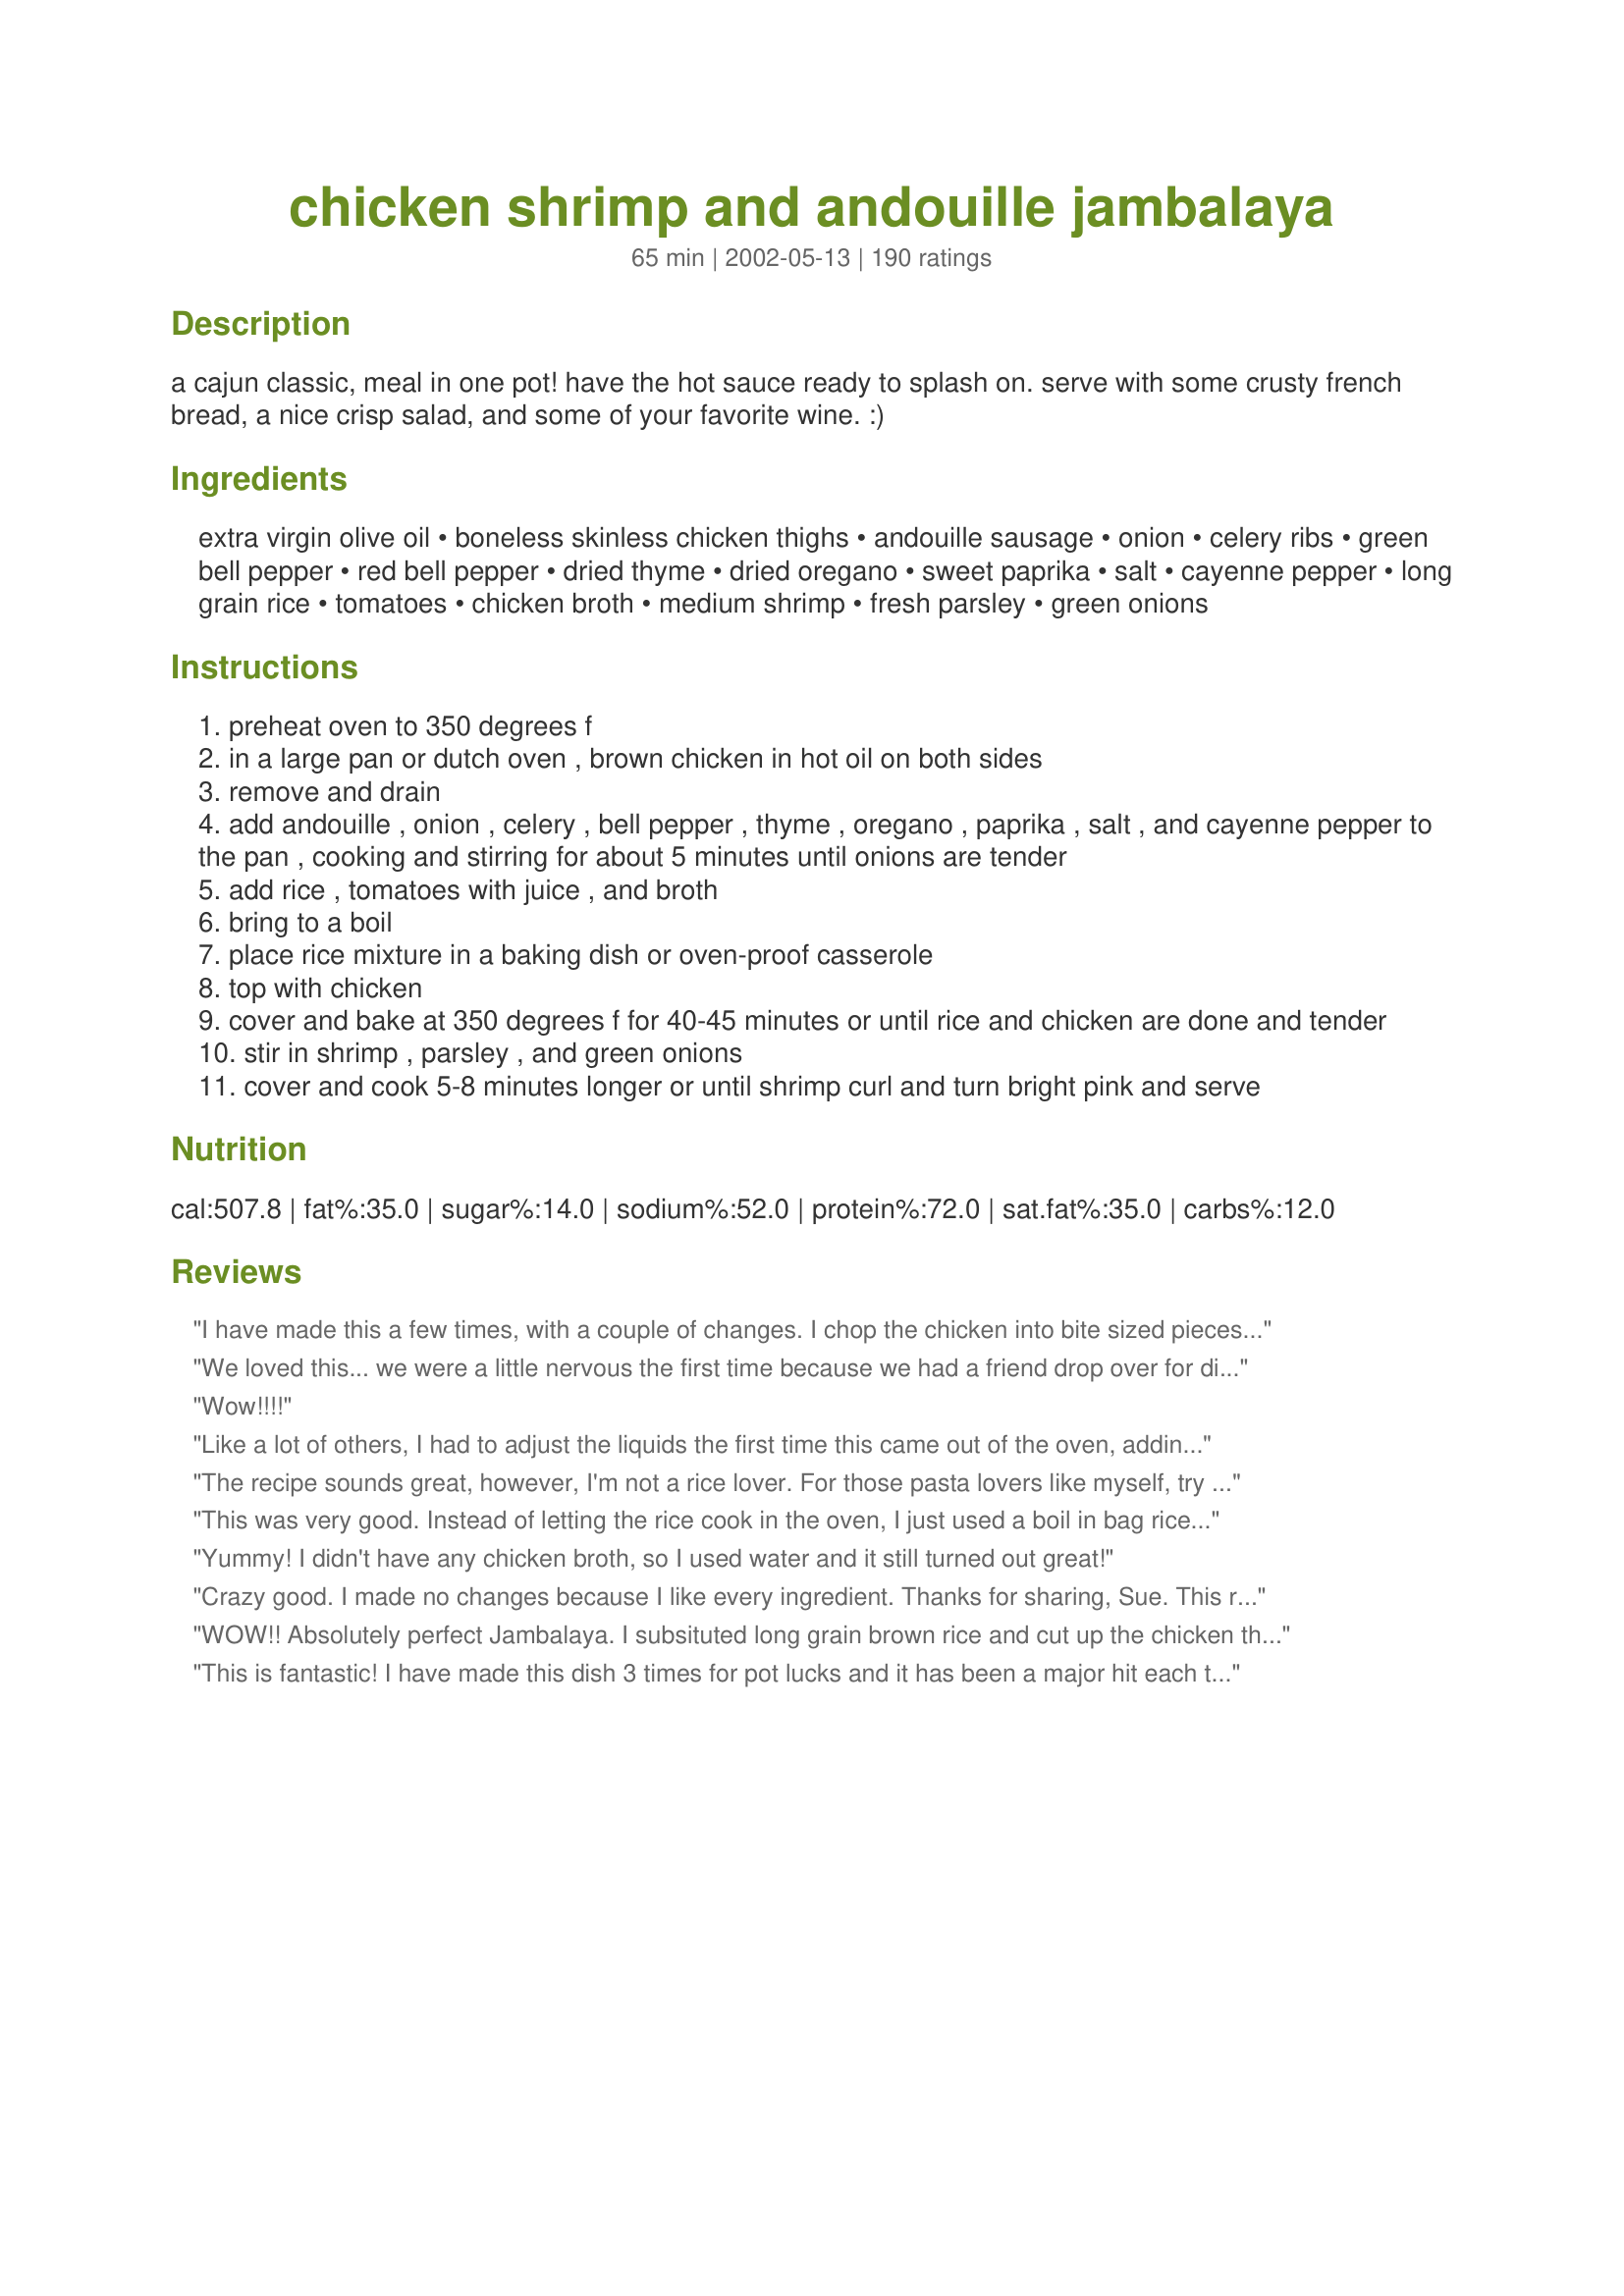
chicken shrimp and andouille jambalaya
Preparation time: 65 minutes

a cajun classic, meal in one pot! have the hot sauce ready to splash on. serve with some crusty french bread, a nice crisp salad, and some of your favorite wine. :)

Ingredients:
extra virgin olive oil, boneless skinless chicken thighs, andouille sausage, onion, celery ribs, green bell pepper, red bell pepper, dried thyme, dried oregano, sweet paprika, salt, cayenne pepper, long grain rice, tomatoes, chicken broth, medium shrimp, fresh parsley, green onions

Steps:
preheat oven to 350 degrees f
in a large pan or dutch oven , brown chicken in hot oil on both sides
remove and drain
add andouille , onion , celery , bell pepper , thyme , oregano , paprika , salt , and cayenne pepper to the pan , cooking and stirring for about 5 minutes until onions are tender
add rice , tomatoes with juice , and broth
bring to a boil
place rice mixture in a baking dish or oven-proof casserole
top with chicken
cover and bake at 350 degrees f for 40-45 minutes or until rice and chicken are done and tender
stir in shrimp , parsley , and green onions
cover and cook 5-8 minutes longer or until shrimp curl and turn bright pink and serve

Reviews:
I have made this a few times, with a couple of changes. I chop the chicken into bite sized pieces, as it's easier to eat, and I swap out the Andouille for Chorizo, as it's much easier to get. I also sometimes add some hot sauce to it when serving if I think it needs it. But I love this recipe!
We loved this... we were a little nervous the first time because we had a friend drop over for dinner unannounced but it was delicious.
Wow!!!!
Like a lot of others, I had to adjust the liquids the first time this came out of the oven, adding 2 more cans of tomatoes with juice and about a cup and a half of broth. But the basic recipe is just exceptional! Thanks so much for posting, Sue.
The recipe sounds great, however, I'm not a rice lover. For those pasta lovers like myself, try using spaghetti instead of rice. Jambalaya w/spagheti is great. The meal is prepared the same, however you use spaghetti. This dish (spaghetti jambalaya) is great and I would rate this particular dish 5 stars. Try it, I'm sure you'll like it, those in New Orleans do.
This was very good. Instead of letting the rice cook in the oven, I just used a boil in bag rice and added it as desired at the end. I added some hot sauce for a good kick. Great recipe!
Yummy! I didn't have any chicken broth, so I used water and it still turned out great!
Crazy good. I made no changes because I like every ingredient. Thanks for sharing, Sue. This recipe is definitely a keeper!
WOW!! Absolutely perfect Jambalaya. I subsituted long grain
brown rice and cut up the chicken thighs into 1 inch pieces.
This was my first attempt at one of my husband's favorite dishes- he could not stop raving, and, it was even better the second
day. Definitely 5 stars from the both of us. Thanks Sue
This is fantastic! I have made this dish 3 times for pot lucks and it has been a major hit each time. I used the exact ingredients with the exception of the seasonings which I increased to about double of what the recipe calls for. Thank you for sharing this wonderful recipe. It will be one that gets used over and over!
Great recipe, easy to make. Even our children liked it Thanks for posting
This was delicious. I will definately make this many times in the future. I love the fact that you cook it in the oven and don't end up with rice burned to the bottom of the pan if you don't pay attention. I used chorizo sausage instead of andouille because that was all I could find and left out the shirmp. I also used 2 cups fresh tomatoes instead of canned.
Thanks for a great recipe! This was also my first time to try jambalaya, and it came out wonderful. When I get the seal of approval from the whole family, I know I've got a keeper!!

I used Louisiana hot links for the sausage - the spicy flavor from the sausage balances with the mild ingredients. Delicious and visually pleasing.
Well Sue, you've outdone yourself once again :o) I never made a Jambalaya before, but had a request from my DH this week. So, I searched and found your perfect recipe.Didn't change anything, but did add 4 chicken legs as I had them frozen with the thighs.DH was pleasantly surprised at the flavor the chicken had, he was a little unsure when looking at the recipe. Used a nice heaping 1/4 tsp of Cayenne which made the dish a nice medium hot in spicy measures. Didn't get a chance to take a pic as the family devoured it as soon as I took it out of the oven. Thanks again!
ORIGINAL REVIEW: I made this for my parents 30th wedding anniversary and my dad and I loved it! A bit too hot for mom though! Very easy to do!! I omitted the celery and red pepper. 11/2/06 I rated this 5 stars originally on 11/2/06 and am going to redo my review as I made it y'day for Fathers Day, omitting nothing! I doubled it and made two 9x13 pans and BOTH got eaten:) (Granted, we did have over 10 people there) Compliments across the board!!
I made this last night for a casual dinner party! Wow, it was fantastic. Everyone loved it.

I followed the recipe exactly with one exception. I used 3 boneless, skinless chicken breasts instead of the chicken thighs. I cut the chicken into bite size pieces and completely cooked them. I made the Jambalaya early in the day but did not add the rice, broth and can tomatoes until I was ready to bake it that evening. 

The Andouille sausage is really what makes this dish taste so special. I had to go to a specialty grocery store to find it but definitely worth the effort.

Thanks Sue for this great Cajun recipe!
Delicious! Made this for a Fat Tuesday celebration & everyone loved it. I used b/s chick. breasts & didnt brown them, couldn't find Andouille so used Hot Louisiana sausage instead, whole green & red pepper, 3 cans of diced tomatoes-threw it all in the crockpot on low for 8 hours. Got home & added the 1.5 lbs of shrimp about 30 minutes before serving. Served over rice instead of mixing it into the pot. WONDERFUL! Will definitely be a keeper recipe for me:)
No wonder this recipe has such a great rating. It's just plain delicious! The only change I made was I used chorizo sausage instead of the andouille, as I couldn't find it here. Thanks for posting this luscious recipe for us Sue.

Arlene
This was my first attempt at Jambalaya. My family loved it and we will definitely be making your recipe again. It was a lot easier to make than I thought it would be. Thank you!
Terrific recipe! I added 1/4 tsp cayenne, and my son said it was too spicy. He doesn't like spiciness (what's wrong with him?!?). Dh and I thought it was perfect. Lots left over to freeze. Thanks!
We all loved this dish. No one had heard of Andouille sausages around here so we used chorizo. It worked a treat. This will be a regular meal in winter for us.
Made this last night for a snall dinner party--the best jambalaya recipe I have found. The only change I made was to add 14 oz. chicken broth and about 4 oz. white wine. My guests loved it too and asked for the recipe to take home. It will definitely be made again in this household. Thanks Sue L.
Delicious!!! I doubled the recipe, sub'd beef kielbasa instead of andouille, added some carrots, and used 1 whole yellow pepper. Also added in some garlic and a little more salt (I think mine might have needed more salt because I used homemade broth?). My husband said it's a DEFINITE keeper! Thanks, Sue!
Great one pot meal. Cut the recipe down to serve two and cooked on top of the stove instead of the oven. Substitued chicken breast for the thigh. Also added some hot sauce. Thanks for sharing Sue. Made for ZWT 5.
I made this for a superbowl party and everyone thought it was great. My husband said I have to make it again!! Thanks
The family absolutely adores this recipe! I always omit the chicken and add about an extra 1/2 cup of broth because my rice tends to stick to the bottom of my baking dish. Other than this I follow your recipe completely! I always serve it with a slice of toasted Ciabatta bread YUMMY!
Mmmmm best I've made yet! As a former 'Nawlins gal, I can say this is good stuff. I did do one full green pepper though, as that would be truer to the trinity. The baking was so much better than crock-pot versions for the rice. Perfect for Mardi Gras this year, served with Bananas Foster for dessert. Thanks for the keeper!
Wow. Absolutely delicious. I left out the rice and served it on the side. Made this for my husband and teenagers in anticipation of a snow storm but it will be gone before the 1st flake falls! Thank you for an excellent recipe.
this was my first time making jambalaya and the 2nd time tasting it. very good. my 1 year old baby loved it. my 2 other children didn't like how much veggies were in it and my hubby didn't like how 'wet' the rice was. so next time for their taste preference i'll cut back a little on the veggies and broth. but i thought it was perfect. my family is just picky. thank you for sharing a great and best of all an EASY way to cook jambalaya!
Wonderful dish! Always a hit. The long ingredient list seems intimidating but the complete product is well worth it. I omited the baking part. After bringing to a boil, simmer for 25 minutes. Add shrimp, parsley and green onion, cover and cook for another 10 minutes.
This was the BEST Jambalaya we have ever had! I followed advice and kept it on the stovetop, my rice was a little mushy but that was my fault. Thanks!
Perfect!!!!
Wow! This is the best Jambalaya recipe I've made. Tons of flavor. I added cumin & dried basil, 2 tbs of worcestershire sauce & 1 cup of frozen peas tossed in with my shrimp at the end. Didn't have andouille so I used precooked hot links & precooked turkey breast cubed up instead of chicken. It was easy to put together. Everyone at the table gave it a raving 5 stars! Thanks Sue!
This was my first attempt at jambalaya. I compared recipes and finally settled on this one. It was WONDERFUL! The only change I made was to use chicken breasts instead of thighs. Loved the flavor, and it was very simple to make.
Made this yesterday for DH. He just loved it said he could eat this once a week. He ate it last night talked about eating it for breakfast and is going to eat it later . Thanks for a great recipe.
Super tasty !!! I saut&eacute;ed my veggies and added a lil butter + fresh parsley !! Yum
Very yummy. I doubled up the herbs and spices and added 2 Tablespoons of worcestershire sauce. Everything else is the same.
This is the best jambalaya recipe!! I have made it too many times to count. I double up on the spices (my family loves lots of seasoning) and I use skinless polish sausage. I use brown rice instead of white, it does have to be cooked longer however because of this. It is excellent served with crusty bread and additional hot sauce.
This was good! I added chopped garlic in with the sauteeing veggies and did not add the extra salt (didn't think it needed it!). I sprinkled the chicken thighs with Cajun seasoning but next time I wouldn't use them at all- why get a pan dirty- and would just saute chicken breasts in with the veggies. I served this with Louisiana hot sauce and it was great!
Words simply cannot describe how delicious this dish is. I had my friends and mother over for dinner and made this. They were in awe with this dish and wanted the recipe after the first bite!!!! This was a hit!!!
Add us to the list of families where DH raved over this dish! The only change I made was to cut the chicken into cubes before browning. Thanks for sharing your recipe Sue.
Good basic recipe. I have fresh herbs so I prefer to use that instead of the bottled ones. I add about 3-4 bay leaves as well. I wash the rice to remove the talc and stones and I prefer short grain rice. It does not separate and some people prefer it loose, but short grain rice absorbs the flavor of whatever it is cooked in. I use Portuguese or Andouille sausage but Polish sausage will work too. I like peppers but I only use one for this recipe. Shrimp needs to be added at the end or it gets tough.
Fabulous! I doubled the recipe for a party and received "oohs" and "ahhs".
I added 3 bay leaves to it, that's what we put in all our seafood dishes. I will add more tomatoes next time, less the juice for fear of rice being mush. Wow and thank you.
I trebled this for our New Orleans-themed Saints-Colts Super Bowl party. Made two minor modifications: used Chicken-Turkey Andouille Sausage (in deference to some guests' dietary restrictions), used chopped fresh tomatoes, and (owing to my kitchen capacity and equipment)) cut chicken thighs into one-inch pieces. I served (with hot sauce on the side, French bread and a salad, as you suggest) with Recipe #7722 (for a wonderful hot-cool thing) to two dozen guests very grateful guests. Thanks, Sue L.
Yummy! Wonderful recipe. Just what I was looking for.
Outstanding! This now one of our top three favorite recipes from this site. I made a few alterations, based upon excellent tips from other cooks here. For starters I used a one-pound bag of frozen shrimp and 4 chicken breasts. I also used a 12-oz package of Wellshire Farms Turkey Andouille Sausage from Whole Foods for its lower fat and sodium content. I used two sodium-free 14 oz. cans of diced tomatoes and a half a large can of crushed tomatoes. I used about 1-1/2 cups of low sodium chicken stock from Trader Joe's. And I tripled all the spices except for the salt, which I left out and replaced with Nu-Salt. My fiance said, "This is the best meal you've ever cooked." So yes, I'll be making this one again...Thanks a lot, Sue Lau!
Yummy! I'm a new shrimp eater and had never had jambalaya up until a couple of months ago at a restaurant. This recipe is EXCELLENT and I'm now a jambalaya addict. This is the only recipe I've used or ever plan on using, it's that good. The only changes I've made are using chicken breasts, adding the rice about 20 mins before serving and prepare the whole stew on the stovetop. I've also made this in the crock pot, adding the shrimp just before serving. Thanks for getting me started on the right path, Sue!
Great jambalaya. I made half a recipe but without the rice. I had leftover rice so just put some in the bottom of the bowl. I used Recipe #111709 for the Andouille. Just rolled small ball and cooked before doing the veggies. Great one pot meal.
Absolutely delicious! My entire family enjoyed it, and we have some picky eaters. I used chicken breasts instead of thighs, and the chicken turned out a bit dry - next time I will follow your recommendation of using the thighs! The whole dish has a wonderful flavor. This will definitely become a regular at our house!
My husband and I love this recipe. Since he doesn't eat shrimp, I leave that out. It is still a wonderful recipe.
I love this recipe!!

Minor changes because we don&#039;t like spicy (just the hubby and he added hot sauce) I used smoked beef sausage and smoked paprika (no cayenne)
Used 3 chicken breast (cut in half) because that&#039;s what I had on hand. Turned out great!!

This was super easy to make and love that you can cook it all in one pot!
I follow this recipe to a T with the exception of the Andouille. I use Evergood hot links and brown them off nicely before I add the onions.This for me deepens the flavor. I also add an aditional cup of stock to give it a moister outcome.Go with a 1/2 teaspoon of cayenne if you like spicy.Just excellent
Yum! Loved this dish, the hubby loved it as well. I'm embarrassed to admit, I didn't have shrimp. So I wasn't able to make it exactly, but I will add it next time, as if there wouldn't be a next time.. This was fantastic!
Fantastic! I made this for the Mardi Gras luncheon at work... everyone loved it. Followed the recipe exactly and wouldn't change a thing. Wonderful flavor. Thank you!
This is simply wonderful!!! Will definately be making this agin. Oh YUM!
Awesome. Made this for Mardi Gras. The whole family loved it! Thanks for the great recipe.
Great jambalaya! I halved the recipe and used smoked sausage (hillshire farms). Also left out the bell peppers since DH doesn't like them and the parsley and green onion b/c I didn't have them. I used some homemade turkey stock, but I used 1 1/2 cups for 1/2 recipe only b/c that's what I had thawed out. It came out well, though. I cooked it, but then it sat for about 20 minutes while my bread baked (poor planning!) and the rice was perfectly done. Delicious, easy to make recipe!! Unfortunately, had to skip the wine, but next time... :) Thanks for posting this great recipe!
Absolutely one of the best Jambalaya we have tasted. Reminded us of New Orleans. Easy to make but rice took longer than 30 minutes. Totally Awesome

DH raved about this recipe. So much so that it was requested for our New Years Get together this year. Thanks for a great recipe!
Great recipe, I put the full amount of cayenne in and it was slightly spicy but not overwhelming. Very easy to make, and my husband loved it! I used brown rice and had to cook it longer, so next time I&#039;ll use parboiled rice and it will probably be spot on for the time.
Great jambalaya recipe!!! I made a few subtle changes, but nothing drastic. I added a little bit of liquid smoke, upped the spices, and shreadded the cooked chicken. I also couldn't find andouille sausage at my local grocery store, so I substituted some garlic flavored polish sausage that's made locally. And, I substituted my Frank's hot sauce for the cayenne pepper. A definite keeper!
This dish is not only wonderful tasting but it is beautiful with the red pepper and the parsley and green onions. I was proud to serve it to my family. I have tried a lot of Jambalaya, but this is the only one I make now. My family of 5 all LOVE this dish! Thank you so much for sharing!!
This was good but I could taste the starch from the rice in the jambalaya. Next time I will cook the rice separate and rinse before adding it in. After adding the sausage, onions, etc. the next paragraph read to add the rice, chicken, broth etc. The directions should have read after combining the main ingredients to use a separate dish and add the rice, chicken, and broth. I also had to add more salt. Thank you for sharing.
this was the best I have tasted and it was very easy to make. If you are not a chef-you should be.
Excellent jumbalaya! I served this at a party and guests couldn't stop raving about it. I will use this recipe again. Thanks so much!
EXCELLENT!! I added butter to the olive oil for browning the chicken, I substituted half dry white wine half chicken stock, also used portuguese chourico in place of the recommended sausage, and reduced a can of Heinekin in the vegetable/ sausage mix, then stirred in 2 tbsp of &quot;pimentas&quot; ( ground red pepper paste used in a lot of Portuguese cooking) before adding rice and broth/wine mixture. Next time I will add some okra (soaked beforehand in milk) , to see how that changes things! loved this! I would recommend this recipe even to a novice cook, excellent!! Can I give 10 stars???
This was excellent! Made it for DH and DMIL, both thought it was a five star recipe. The only thing I did outside of what was written was to season the chicken with a bit of creole seasoning while browning. I'll definately make again. Thanks for a delicious and easy recipe!
Excellent! This recipe seems like it would take a long time to put together but chopping the veggies is the hardest part. I used chicken tenderloins instead of thighs but otherwise made as posted. The smell coming form the oven was wonderful. This makes a ton of jambalaya so it would be perfect for a potluck or party. Thanks for posting a keeper!
Fantastic recipe. This has made my top 10 all time favorites. Not only is it amazingly tasty, it's almost painfully easy to prepare, just takes a bit to chop of all the ingredients.
Yummy and delicious. This is one of my favorite dishes and really had a good taste. This is same recipe taste and method which I used from last time i Mae Chicken Malai Boti Recipe from recipe network ( http://howprices.com/chicken-malai-boti-recipe/ ). Thanks for sharing such a delicious recipe. i
This is a great recipe! has a nice spicy kick to it!
Good eats! All I added was a little black pepper before eating. I did switch to breasts instead of thighs, since we never have thighs on hand. I'll have delicious left overs for work the rest of the week!
This recipe was perfection. We live in Chicago, but my boyfriend is from Lake Charles, Louisiana and raved about how good this was for days. Thank you!
This is really great! I couldn't get andouille sausage so I fried some bacon bits in hickory smoked bbq sauce and cajun spice instead. Yummy!
Great recipe, tried this out as I want to use it for my friends Birthday Mardi Gras themed party this coming Feb 24, I will double or up the spices next time but it was easy to make, spot on for directions and very, very tasty thank you for sharing...will definitely keep and make again....Anne
I served this for Xmas company supper and enjoyed by all. I could have cooked a little longer as my rice was still a bit crunchy. Instead of the chicken thighs, I used a pkg of leftover Spiedie Recipe #75372 cubed chicken & pork. Didn't pick up enough Andouille, just 1/2 lb so added 1/4 lb chorizo and 1/4 lb moose pepperette and subbed in ready peeled and cooked shrimp. Will definitely try again and will make sure to use exact ingredients as posted.
My first attempt at jambalaya was a success thanks to this recipe. My only complaint is that is was a little too watery for us. I think next time I'll decrease the stock to one cup. The consistency was too soup-y for our tastes. Other than that -- the flavor was terrific. I upped the cayenne pepper to 2-3 TSP which really kicked it up! Thanks for another great recipe!
Seriously this recipe is AMAZING!!!! Please don't hate me for posting this on my food blog!! Everyone should taste this delicious goodness! http://rockinldschefs.blogspot.com/ I made a few adjustments. I didn't use the whole amount of rice, I only used one cup and I used brown minute rice. I thought 1 cup was plenty. I added an extra 1/4 cup chicken broth. I left out the celery. I used 1 tsp of italian seasoning instead of oregano and thyme. I used jalapeno kielbasa from walmart instead of the sausage called for and I used 1/2 cup to 1 cup more of shrimp than called for. I used the pre-cooked already cleaned shrimp you can find in the freezer. I thawed it and cut the tails off. I also added shredded mozzarella to the finished dish. And my chicken wasn't dry at all, it was very juicy! I will certainly be making this again it was so darn yummy!
Excellent and well received by family. I added some Old Bay seasoning; used leftover Thanksgiving turkey (cut into chunks, added after the oven cooking step) rather than chicken. Definitely worth making again.
My 18-year-old son recently left home and asked for a copy of this recipe to take with him. Say no more. It's fabulous and a keeper. Only change I make is to use turkey kielbasa.
Didn't have chicken. Didn't have green onions. Didn't have parsley... but it didn't matter. MMMM...MMM..MMM this was fabulous! I searched for a recipe to use my andouille sausage and shrimp after a botched gumbo attempt (after tasting the gumbo I decided not to ruin my good shrimp and sausage in that horrific sludge). I was happy to have found this very successful, foolproof easy-as-pie recipe. Thank you Sue, I'll be making this again and often!
This recipe was to die for! It goes so well with yellow jasmine goya rice :) We had so much leftovers and ate it all for days. My &quot;tweak&quot; was eye-balling the measurements and using spicy italian sausage vs andoullie, but I used every single ingredient/direction otherwise. This recipe goes VERY well with zucchini and yellow squash versus red and green bell peppers. I'll be making this again and again! Thanks for a super recipe
I made this in the crockpot and it was wonderful. Since we are on low carb, I left out the rice entirely. And served as a Jambalaya stew. I did brown the chicken in oil before adding to crockpot. Then added all the rest of the ingredients except the shrimp and cooked for 5 hours on low. Then added shrimp and cooked another hour.
I left the cayenne out for my husband, but added it to my bowl. He said this is the best he's ever had, and I agree! Super easy for after work dinner if you have everything cut up the night before.
We liked this jambalaya recipe. I made no modifications to the recipe, other than using a whole red bell pepper as I didn't have a green one. DH and I thought there was a little something missing, but we weren't able to pinpoint it exactly. DH thinks it could be that we did not use a high-quality andouille, and that next time we will have to opt for a better brand. Otherwise, this dish is flavorful and easy to prepare and we enjoyed it.
This was wonderful and really easy. I had to use smoked sausage because it is hard to find andouille where I live, but it still turned out wonderful. I followed everything exact (except the sausage), and I used a little extra cayenne pepper. Thanks for sharing!!
So simple, yet so delicious! The only thing I did differently than the recipe was not adding shrimp. I&#039;m sure shrimp would have been delicious if fresh but all I can really get where I am is frozen. Highly recommend this recipe!
Very tasty and pretty easy too. Will be making this again. It would be a great pot luck dish for a church dinner.
This was s-o-o-o good! I have tried other jambalayas, but this was by far the best. I made it to recipe, the only difference being that I made it entirely on the stovetop, covered, on simmer. Next time I will sample the andouille before adding cayenne. Mine was fairly spicy and I also added 1/2 tsp. of cayenne. I loved it, but it was spicy! If I use this sausage next time, I'll lower the cayenne to 1/4 tsp. It also makes a LOT, so I have some to freeze and some for lunch on Monday--makes Monday a little easier to face. Thanks so much for sharing this treat.
i added hot sauce and a several dashes of worcestershire sauce. Otherwise, hubby loved it.
This was the first time trying Jambalaya. It was great!Had friends over to enjoy this and they too were amazed. Awesome !!
There you go with your delicious recipes, Sue. ;) We loved this! I did use breasts "tenders" and fresh tomatoes without their juice instead of canned, so it came out a tad dry, but this is the first time making (or eating) jambalaya for us. While we're new fans of it, I can see the dish is open to all sorts of experimentation and look forward to playing with it sometime. Thanks, Sue, for another winner!
Very nice flavor, I added hot sauce to this, of course. The combination of the chicken, sausage, and shrimp worked well together. Thank you!
I made this for Christmas Eve dinner for the family- wow! Although somewhat time consuming, it was a major hit! I used regular smoked sausage rather than andouille and added hamburger meat that I needed to use up. This was my first time making jambalaya, but I am happy to say that it won't be my last--I'll definitely be making this again!
I LOVE this recipe. I wanted something to remind me of home since I'm living in AUS now and this def. hit the spot. I couldn't find the right type of sausage so I just kept it to chicken and shrimp and it was still YUM! Thanks for Posting this.
Excellent! I omitted shrimp & cayenne pepper, which I didn't have. Used Chappell Hill Original Sausage (made in Tx). I left the rice out just because I wasn't sure when DH would be home so just scooped the jambalaya over the rice. Wonderful flavor! Definitely a keeper in my kitchen! Thank you for sharing a fantastic recipe! Carrie
A regular request at my house! A special ocassional recipe because of the cost of ingredients, but oh-so worth it! Making it for my son's college graduation party. He's psyched!
We enjoyed this very much. I served it on Fat Tuesday. I cooked it all on top of the stove did not use the oven. It was the BEST ! Thanks
Yak
this recipe is absolutly awsome!! i have made it at least a dozen times and am getting ready to cook it again tonight. it is so easy to assemble and is so tasty the next day also. thank you sue for sharing this incredible recipe.

ps. try this with a bottle of--Edna Valley Chardonnay.
I cannot believe how wonderful this dish was. I did use whole green and red peppers and I doubled the sausages and shrimp. Family devoured it in less than 12 hours!
Very good, we didn't have the chicken so I just made it without and it was wonderful. Will make again!
Awesome and unbelievably fast once it's all in the pot! I prepared and baked everything in my Rachael Ray covered oval pan. I replaced the andouille with smoked sausage (like a kielbasa), used diced fire-roasted tomatoes (canned), and added three cloves of finely chopped garlic-- pretty much the only alterations to the ingredient list. The flavors were even better the next day. This one is a keeper. I will post a "before & after" picture because it just looked as yummy as it tasted!
This recipe is to die for! Great flavor...add a little Franks sauce to your taste on the side and Wow! Every time I make this I get rave reviews. Love it! Thanks for sharing.
So delicious! I cooked the sausage beforehand and doubled the spices, added garlic, bay leaves, and creole seasoning. This was so delicious. A definite make-again.
This recipe made me look like an experienced chef in the eyes of our dinner guests. 6 people devoured the entire pot full, and continued to ask for the recipe. I'd say that kind of response deserves 5 stars and more. I followed the easy recipe, except that I cut the chicken thighs in half; otherwise the proportions are just right and the rice came out perfect. I like this recipe for company because even after you take the pot from the oven it can sit on the stove and rest and you aren't having to rush guests to the table. I even got to sit and chat and eat some appetizers, relaxing with my guests. 
Thank you, thank you for a really great recipe!
I made this for a Super Bowl gathering and it was fantastic. I doubled the amount of Shrimp and cayenne pepper. Nice and spicy. just the way we like it. It's a keeper!
This was delicious, but a tad too spicy for me, although my husband LOVED this as is. I made the dish with two chicken breast, two andouille sausages and 8 medium-sized shrimp. Here is how: I browned the chicken breasts, whole, in olive oil until almost cooked but still a little pink in the center. I removed from pan, did NOT drain the oil, and cooked the rest of the ingredients as directed, omitting the celery b/c I did not have it on hand, and opting for the 1/2 teaspoon cayenne pepper. Once boiling, I cut up the chicken into bite-sized pieces and added it to the stew, cooked for 5 minutes more, then put the stew in a casserole dish to cook for 40 minutes. The rice looked a little dried out, so I added 1/4 c. more chicken broth about 20 minutes in to the baking. Also, the recipe seems to state that raw shrimp should be added to the dish once cooked, but I opted to fry the shrimp in a little olive oil, then added a mixture of 1/4 c. white wine and a few sprinkles of a Sazon Goya packet for color, and let the shrimp simmer in the frying pan for a couple of minutes, until nicely saffron-colored. I then added the shrimp and parsley to the dish, omitting the green onion, and let the jambalaya cook for 5 more minutes. The rice was cooked to perfection--not mushy, and not crunchy at all. My husband loved this as is, but I found it a little too spicy. Thus, next time, I will opt for 1/4 teaspoon of cayenne pepper. Thanks so much for posting this great recipe!!
This was simply amazing! I can't say enough how much we loved it! Served it with some slighly sweet rolls similar to Hawaiian bread. I skipped the chicken and just used andouille and shrimp since my chicken was still frozen but it was still really good. Just the right level of spice and I probably did more than 1/4 tsp of cayenne. We like things hot here in my house. Thanks for sharing Sue Lau!!
VERY good! My husband and I sincerely loved this. It was easy to make, I loved leaving it in the oven and not having to worry about it! PERFECT!
This was very good, little hot for me, but I expected that, my husband loved it! I also used long grain brown rice, upped the shrimp to one lb, added another cup of stock. This works for a low carb meal!
5 stars, easy and delicious! Everybody ate 2 plates, even my more picky 6 year old. We will be making this again.
Tasty
This was to die for. I didn't follow the directions exactly though; since I didn't have chicken on me, I ended up making the whole dish on the stove rather than finishing it in the oven. I just added the rice and let it simmer away for around 15-20 minutes before adding the shrimp for a few more minutes. It was wonderful! I also added more seasonings than called for and made this a really spicy meal with strong flavours. I'm still craving some as I type this! Thanks!
So yummy! I love Jambalaya but never know how easy it was to make. Used linguica instead of andouille, but kept everything else the same. The entire family raved about this. Five stars doesnt seem like enough. 
Thanks for sharing.
Only things I changed with this recipe are that I left out the celery (didn't have it) and bumped up the spices a tad, as well as using brown rice. First two changes went well, but adding brown rice made it need to cook for almost twice as long...and I'm not sure why. I'm used to another 10-15 minutes or so, but almost another hour was a serious issue for getting dinner on the table when I wanted it. Still, flavor was good, ease was almost as easy as a slow cooker recipe, and a great meal for any kind of night!
This is really a great recipe!!! Loved and it freezes well. The only thing I changed was instead of chicken thighs I used 2 cups of cooked chicken and left out the shrimp. I also used turkey smoked sausage as we don't have andouille sausage in my rural area.
This is a wonderful version of jambalaya- I rinsed and drained the rice first and it was just right. Used boneless chicken breasts and did find the end result a little dry, so next time I will sauté them for a shorter period, or use bigger chunks. I did have hot sauce on the side as not everyone at the table likes spicy. Also added a bit of Konriki Creole Seasoning that my daughter had brought me back from New Orleans- nice addition. This will definitely be the recipe I use from now on. Thanks Sue.
Got some Hurricane mix from a friend who just got back from Mardi Gras. Decided to have a little Mardi Gras of my own and made this to go with the drinks. Everyone loved it and are asking me to make it again.
This is amazing! Realized I had all the ingredients and whipped it up tonight. I cut the chicken into small pieces like most others, and omitted peppers due to personal taste. When I pulled it out of the oven the first time to add the shrimp, though, I noticed that it was really really dry. In fact, I had to add another can of tomatoes and another can of broth (along with the spices again). Then I stuck it back in for another ten minutes. Really really really good after that, though! Definitely a keeper. :D
My boyfriend and I lovedddddddddd ittttttttt... we ate it for days. It was a hit.
Delicious! The rice tasted awsome. I have made this three times in the last month! It is super simple also. Thanks for posting!
AH-MAH-ZING!!!!! Everyone enjoyed this and want me to make it again. The only thing that I did differently was I used two tablespoons of my own creole seasoning and I used Chorizo sausage cause that is all I had on hand. Next time I think I would decrease the amount of chicken stock cause I prefer my rice a little less mushy. <br/><br/>THis is one that I will be making again and again! Thank you soooo much!
Absolutely amazing! I crave it ALL THE TIME now! My whole family loves it, even my super-picky 4 year old. Thanks!
This was excellent! I followed other reviewer's advice and used frozen shrimp already peeled and deveined. I used 1/4 tsp of cayenne and it made my eyes water, so for those who have young children or are spice wimps like me, maybe start with slightly less than 1/4 tsp and add more to taste. ;-) I also had a lot of cooked rice leftover from another meal so I served the hot jambalaya over that - easy! And very satisfying to eat. This is a keeper...thanks for posting!
This recipe is fantastic. I had a New Orleans themed dinner party and everyone just loved the jambalaya. Thank you so much for sharing. I will be making this again. Excellent flavor.
We have never had Jambalaya before, we were missing out! This was great, the only thing I changed was the sausage, I only could find polish...I think next time I will try harder to find andoille it would be better! I also cut up the chicken just before baking. Thanks for broadening our horizons!
Excellent flavor! This is one of the very few recipes my husband asked if I had saved! I'll use this recipe from now on!
This was superb. My husband and I both really loved it and I will definitely be making it again soon. It was relatively easy and didn't take too much time. The flavors were amazing. Sooo tasty. Great recipe!
My darling husband thought this was spicy, sigh, I added hot sauce at the table. It was actually fabulous. I made it exactly like the recipe and I have frozen the left overs for my lunches...sad for the husband, great eats for me. Thanks for a lucious recipe.
Great recipe for company! There aren't too many recipes that take up very little time and taste so good! Very little left over after feeding six people! I did feel it needed a bit more chicken broth than called for.
Delicious!
Everyone enjoy this dish... This a keeper for sure....
We thought this was fabulous!! I doubled the seasonings as another reviewer suggested and I'm so glad I did. Thanks for a great meal!
Delicious and so easy to make. Next time, I'd try making the rice separately. I prefer fluffier rice.
Very YUMMY this is my and my whole families FAVORITE!! very worth trying!!!
It was great! I used turkey smoked sausage instead of the andouille and only a scant 1/4 tsp of cayenne. It had just enough heat to keep it interesting but still mild enough for young kids. I loved the flavors of the sauteed vegetables, it made it taste very fresh.
I made this last night for Dh's lunch to take the next day. It came our perfect! I did cook it a little longer by 10 minutes in the oven since my rice was not completely cooked in 30 minutes. Also, because I didn't have any canned tomotoes on hand, I simply diced a fresh tomato and added a small can of tomato sauce. Thank you for sharing such a wonderful and easy recipe!
Delicious! I made this as per the recipe, however I opted for the 1/4 teaspoon of cayenne instead of the 1/2. Next time I'll use 3/4 because it wasn't spicy enough for me. I also threw in some scallops at the same time as the shrimp.
This Dish was absolutely delicious and easy to prepare. My whole family cleaned their plates. I gave it 4 stars because the rice wasn't cooked all the way so next time i will boil the mixture a little longer. Thank you Sue
Oh oh oh! Rarely do I find a recipe that is an absolute HIT! My fam and I loved this jambalaya. I am a bit of a wimp when it comes to heat. So I wasn't sure if I'd be able to eat it. I wasn't against preparing it for my fam, as they are all heat-seekers. I followed the recipe to the letter except for two things. I used the cayenne pepper at 1/8 tsp. And instead of fresh red bell pepper I used jarred pimento strips. I just don't like the price of colored peppers as the yellow and orange go to waste ( maybe I just don't have enough of an imagination to put them into other dished). You won't go wrong with this one. One of my son's said &quot;It looks like something that belongs in a restaurant.&quot; High Praise!
I made the main recipe mostly according to directions, used whole peeled tomatoes that I spoon crushed. I added shrimp and a little okra (I know, not traditional) the last 30 minutes. I then topped the bowls of &quot;stew&quot; with the rice. It doesn&#039;t get too dry that way, which is the way we like it. Also better this way if you plan on a little leftovers. Everyone that has tried this version has loved it. Also, the broth is better if you use bone in thighs, but I do it both ways.
OUTSTANDING! I used Chicken Sausage (with andouille seasonings) from Trader Joes (this was an accident, I am no health nut) and the recipe still turned out amazing! SO... If you are a health nut... Done, Sort of.

Anyways, my changes: less rice or more broth, I added an extra cup of water to recipe to get the rice to cook and it still came out uncooked a little. I will use one cup of rice next time, and yes, there will be a next time.

Also i just used one whole green bell pepper (its just cheaper and more convenient). If i was making it for company, maybe id dress it up a little with the red pepper, but not for just my wife and myself.

THanks Sue!
I cooked chicken and sausage on charcoal grill instead and finished the rest of the recipe on Webber charcoal kettle. It was amazing! Thank you.
My dh and I loved this. It is spicy and savory and just plain good! I couldn't find andouille sausage. I used Boudain Cajun Sausage instead. I aslo added creole seasoning as recommended. I used a can of hunts fire roasted tomatos with garlic instead of the plain. I think next time I will make it in the crockpot.
I myself don't care for jambalaya, but I made it for a family get-together and they rated it 5 stars. I made it as specified, although I used homemade chicken stock and crushed tomatoes instead of chopped. I also made it in the crockpot, on low for 7 hours. The shrimp I held off adding in until 15 minutes prior to serving. One mistake I made was to add the rice at the beginning of the cook time, by the time I served it you could not visibly discern most of the rice. Next time I will add in 3 hours prior to serving and it should be good. Hope this helps someone! Thanks for the recipe :)
I've made this jambalaya at least a half dozen times and every time it turns out delicious! I use long grain brown rice and boil it for just about 10 minutes more than suggested and leave it in the oven for about 15 minutes longer due to the longer cooking time of the brown rice. DELICIOUS! Thanks, Sue!
This was great! Easy to make and everyone loved it. Great the next day as well. I left out the celery and used Italian seasoning instead of the thyme and oregano and it was still fantastic.
Delicious with a nice little kick!!!
Oh my this is soooo good. I made this for our dinner on Fat Tuesday and we really enjoyed this. I was afraid jambalaya from scratch would be too difficult and I was pleasantly surprised. It was easy to put together and I plan on making again as we couldn't stop eating this....lol. Thank you so much for posting.
Wonderful - I used whole chicken pieces, bone-in (one chicken's worth) and followed the recipe otherwise, and it turned out beautifully.
Sue, I made this again last night.. just as I said I would make it again!! It was wonderful!!! I wasnt thrilled with the sausage that I used... I should have gone to the meat market... but I didnt..argh! But this recipe is just spectacular!!! Everyone in the house (6people!) gave it a huge two thumbs up!!! :-) Thanks for the recipe sue!!! 
I wanted to leave my first review on here ... I hope thats ok! hehe ----(Sue, believe it or not I was digging through my old boxes today and I found this recipe that I printed out in june of 2002! I made it, but I never thought to review it because I wasnt really apart of zaar at the time. It was just a recipe I found, and never came back. Here I am a year later.. LOL. This dish was spectacular... I remember my family raving about it for days. Now that I have found this recipe, I plan to make it again next week, in your honor! because this recipe was actually my first Zaar recipe! Thanks for a wonderful jambalaya sue!!! I remember making a bit of it in a seperate pan with lots of cayanne..for myself lol... made it with none for my family as they do not like it hot ;-))----
I have done this recipe exactly the way it was written. Tonight I omitted putting it in the casserole dish and just put my covered Dutch oven in the oven at the prescribed temp. Let&#039;s see how it works. ??
This recipe is fantabulous!!! I thought it would be more complicated but it was a breeze to make, and you wouldn't know it from how great it tasted. I was running short on time, so I boiled the ingredients longer and baked it in the oven for a shorter amount of time, and it came out great. Thank you for the recipe!!!
WOW! This was a huge hit at my house last night. I made this long with cheddar biscuits (256914) and my family is still singing my praises this morning.

The flavor mixture is marvelous. I also went with kielbasa and it worked out terrific. Very filling, very easy, very delicious. Prepared as directed.
Great Recipe! Pulled fresh rosemary, green peppers and tomatoes from the garden and added fresh rosemary and green onions. Threw a schoosh of worcestershire sause into the mix as well. Peeled the prawns and threw leftover into the soup stock. Gave it a lovely layer of flavor. Thanks!
I just made this the other night. My first jambalaya experience. I used hot italian sausage. My husband has requested it again already. Great recipe.
LOVED this dish. My boyfriend did too. As others suggested, I cut up the chicken thighs first and used brown rice. I also couldn't find andouille, so I used smoked sausages. Yum!
My little sister is addicted!
What a great dish! I did double the spices (except cayenne), and I cooked the chicken in cubes with the shrimp and mixed with the rice mixture instead of putting the chicken on top. It also took 15 more minutes than the recipe called for to completely cook the rice. My husband has requested that this become a regular in our meal rotation. Thank you!
My first Jambalaya and an instant favorite! Only one problem: I made enough for 8 people, but 5 hungry people finished all in one sitting! It was just that good. <br/><br/>Being in Australia, I couldn't find any Andouille, so used smoked chorizo instead. Didn't have any cayenne pepper so used cajun seasoning mix instead. Made the dish spiced but not too hot. Also, I doubled all the other spices. <br/><br/>Thanks Sue!
Fantastic!!!I followed the recipe exactly and we loved it--just the taste I was looking for. I used to get andouille sausage by mail from New Hampshire and it was very zesty; today I used Wegman's own brand and it wasn't as flavorful, so I needed to add some Frank's hot sauce. I hadn't had such a good meal for a long time.<br/>Thank you, Sue, for sharing this A#1 recipe.
This was delicious! I made it completely on the stovetop but otherwise followed the directions. Wonderful!
Very good! Not quite spicy enough for us, so I add cajun seasoning and extra red pepper. Also, groceries around my area don't have andouille, and I like to reduce the fat, so I sub Healthy Choice smoked turkey sausage. I think it's still very good
This was a great recipe. I cubed the chicken thighs and used turkey kielbasa. I really liked the idea of baking the dish, it turned out very well. I baked it in the dutch oven I used on the stovetop. I think next time I will double the spices.
Delicious!
This was one of those rare recipes that my DH actually said don't loose this one. It is excellent. I did think the flavor was so good. I used the andouille sausage and that is what makes it. I had to leave out the green pepper because of allergies. I also made the rice on the side as my husband eats low carb. But it still was excellent. Even better the next day. Best jambalaya I have ever had.
Wow this was great! I made it last night for a Mardi Gras themed dinner for my husband and I and we loved it! I made it exactly as stated except we used chicken breast instead of thighs. I definitely would have preferred to use thighs as the breasts did come out a bit dry. The sausage I had was pretty spicy and it was great for my husband and I, but if you have kids or don't like spicy stuff, you may want to tone down the rest of the extra heat that is added in the seasonings. Thanks for a great recipe, this was my first time making jambalaya and it definitely won't be my last!
This is an awesome recipe. A definate make again. Personally we like a recipe that is packed with stuff. I used 2.5 lbs of chicken, 1 lb of shrimp, and extra veggies, 28 oz of tomatoes and 2 cans of chicken broth. Next time I will spice up the chicken with Cajun seasoning before I brown it. I also chopped the chicken to bite sized pieces and mixed with the rice mixture.
Excellent recipe for one of my favorite dishes. Long live &quot;Blind Betty&quot; Caribbean hot sauce to make this Cajun favorite with a St. John Strong kick to it!
Pretty good. I think it's missing some flavor. I needed to add more liquid as well. I also would double the tomato. That would probably be enough extra liquid. My husband and I really like spicy stuff. It's a great recipe and very versatile. Thank you!
great recipe!!! I added jalapeno peppers and used kielbasa instead of andouille. The jambalaya was so good.
This was delicious!! I made a half recipe, and it turned out great :) I am going to have to make a full recipe for a family dinner one of these days.
This was excellent. I read the reviews of others and added bit more liquid (28oz of tomatoes) and used a full green and a full red pepper, but otherwise followed the instructions. Easy to follow and very delicious!
VERY GOOD!! Next time i will probably double up on the sausage and chicken, but thats just me. the spices are right on.
I too, prepared this on the stove top...I don't care for hot so I left out the cayenne pepper...The taste was good but seemed like it was missing something (must have been the pepper) so I added one and a half teaspoons of Tony Chacheres' Creole seasoning...That kicked it up a notch and was pretty good...
Made this last night--WOW!! Because I couldn't find andouille, I opted to use hot and spicy smoked sausage, it had a great kick!! We also used boneless skinless chicken breast as we don't care for dark meat and we cut it into thin strips. I used a dutch oven for browning everything and then just put the whole thing in the oven as the recipe states. That way I only had one pot to clean--what a bonus. This is a keeper--will make often. I really enjoyed
Wonderful and super easy to make. I did cut up the chicken and add it to the dish instead of leaving it on top other than that I followed the recipe exactly. IT WAS SO GOOD! Thank you!
Made this as my first attempt at Jambalaya and we all LOVED it! I did add some okra (as an experiment), garlic (because we like it) and replaced the andouille with lite Polski Kielbasa (because that's what I had), then added some cajon seasoning to heat it up alittle. Fabulous recipe & very easy! Great with a loaf of fresh bread machine bread. Thanks, Sue, this is definitely a keeper!
We love this! We aren't rice people either, and we LOVE sauce... The first time I made this the liquid, without the rice, was too soupy. Last night I substituted tomato sauce for the chicken stock, which made it about perfect ( in our house at least) to go over pasta! Thanks for posting!
I made this last week.... we all enjoyed the flavor I thought it was a little sticky I will rince the rice next time maybe that will help:0 The flavor was splendid can't wait to make it again!!!!!
Awesome recipe, tastes very close to restaurant quality. The only issue I had was the rice was a bit over cooked by the time it was done. Probably use a bit less liquid next time to try and remove some of the mushiness of the rice. Still very tasty though.
'Laise le bon temps rouler!'

Fantastic dish, just like being in the French Quarter. Only problem I had was getting the rice done. Think next time (and there will definitely be a next time) will do my rice seperately.
I cut the recipe in half but still used the whole can of tomatoes. I used enough Minor's Chicken Base to make 1 cup of broth but only used 2 oz. of water since I was adding the whole can of tomatoes. I had Italian hot sausage on-hand so I used that. No shrimp in the freezer but I had some imitation crab meat so I used it. Hey! Don't judge--if you don't expect it to taste like crab then it's ok. Otherwise I followed the recipe and it was delicious. I'll make this again, maybe with some shrimp and andouille next time. Thanks for sharing.
Oh, yum! This was very good, and VERY easy! Next time, I will use more sausage and less chicken. I used chicken breast, boiled and shredded, rather than thigh meat. I also added quite a bit of cayenne (we like spice!) I had several requests for the recipe from my company. Thanks Sue!
This was so wonderful!! I actually made this dish twice in one day. One I made spicy (for us) and a mild one for another family I took dinner to. Both versions turned out great!! I could not find any andouille so I used Emeril's Kicked Up sausage for ours and Chicken and Apple sausage for the mild. I definitely want to try it the original way but this was a pretty good alternative. Thanks for such a great recipe!
This was my first time to make Jambalaya and I am sur glad I used your recipe! Wonderful flavor. I used Mennonite sausage instead of andouille (can't find it here) and 3/4 tsp cayenne. Used prawns sausage & cooked chicken chunks WOW thanks SueL I'll cook this again. Served it with Fried Okra and Collard greens
Oooooooooweeeeeee! This was delicious! My first time to make Jambalaya and it was a great success. Did everything exactly except used chicken breast meat for the thigh meat. The breast meat was a little dry but I'm sure the thighs wouldn't be. Got my sausage at Trader Joe's; they call it Cajun Sausage. Try this...it's fabulous!
Tried this the other day and it was wonderful. I'm going to have to make it again this week. My Southern Kids thought it was so good they wanted to take the leftovers home with them. And there wasn't very much left over.
Delicious, I am very pleased with the results. I omitted the cayenne and it was wonderful with the spice from the andouille and the chicken was very tender (marinated with creole spice before browning.) Amazing base recipe.
